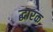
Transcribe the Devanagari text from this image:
द्धारक